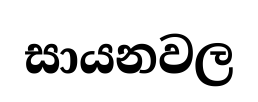
සායනවල